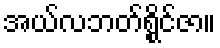
အယ်လဘတ်ရွိုင်ဇာ။